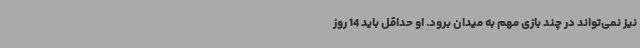
نیز نمی‌تواند در چند بازی مهم به میدان برود. او حداقل باید 14 روز